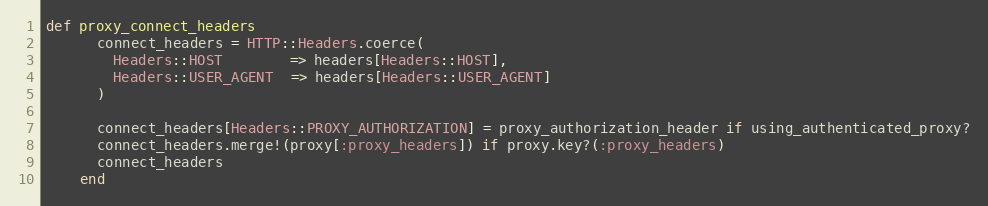
Language: Ruby
def proxy_connect_headers
      connect_headers = HTTP::Headers.coerce(
        Headers::HOST        => headers[Headers::HOST],
        Headers::USER_AGENT  => headers[Headers::USER_AGENT]
      )

      connect_headers[Headers::PROXY_AUTHORIZATION] = proxy_authorization_header if using_authenticated_proxy?
      connect_headers.merge!(proxy[:proxy_headers]) if proxy.key?(:proxy_headers)
      connect_headers
    end